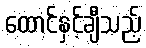
ထောင်နှင့်ချီသည့်